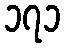
၁၇၁